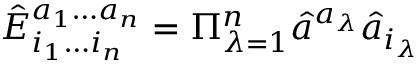
\hat { E } _ { i _ { 1 } \ldots i _ { n } } ^ { a _ { 1 } \ldots a _ { n } } = \Pi _ { \lambda = 1 } ^ { n } \hat { a } ^ { a _ { \lambda } } \hat { a } _ { i _ { \lambda } }